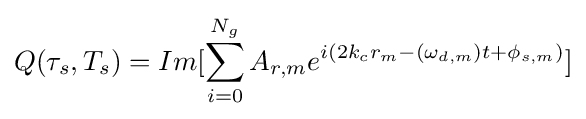
Q(\tau _{s},T_{s})=Im[\sum _{i=0}^{N_{g}}A_{r,m}e^{i(2k_{c}r_{m}-(\omega _{d,m})t+\phi _{s,m})}]